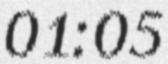
01:05